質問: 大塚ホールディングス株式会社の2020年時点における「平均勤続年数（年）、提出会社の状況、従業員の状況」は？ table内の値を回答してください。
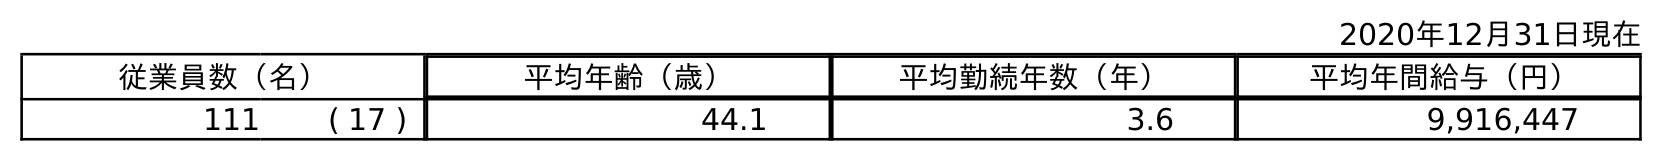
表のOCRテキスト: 2020年12月31日現在 従業員数（名） 平均年齢（歳） 平均勤続年数（年） 平均年間給与（円） 111 ( 17 ) 44.1 3.6 9,916,447
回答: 3.6